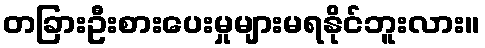
တခြားဦးစားပေးမှုများမရနိုင်ဘူးလား။